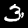
Label: 3